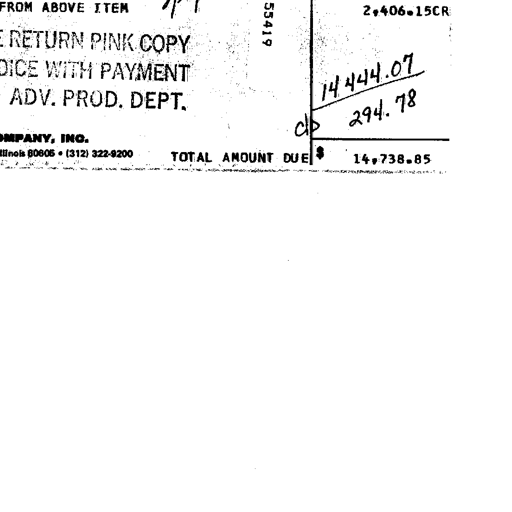
FROM ABOVE ITEM 7/84 55419 2,406.15CR
RETURN PINK COPY
WITH PAYMENT 14 444.07
ADV. PROD. DEPT. c/p 294.78
INC. TOTAL AMOUNT DUE $ 14,738.85
Illinois 60605 • (312) 322-9200